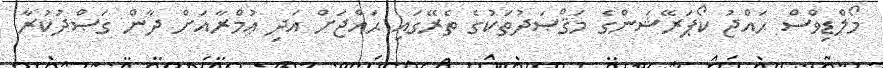
މޯލްޑިވްސް ޙައްޖު ކޯޕަރޭޝަންގެ މަޤްޞަދުތަކުގެ ތެރޭގައި ޙައްޖަށް އަދި ޢުމްރާއަށް ދާން ގަޞްދުކުރާ